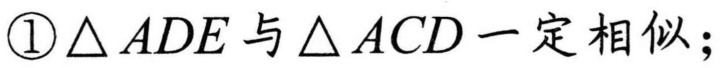
\textcircled{1}$\triangle ADE$与$\triangle ACD$一定相似；